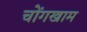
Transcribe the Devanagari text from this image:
चोंगखाम